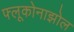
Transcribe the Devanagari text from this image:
फ्लूकोनाझोल